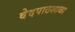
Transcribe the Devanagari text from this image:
वेदपाठशाळा